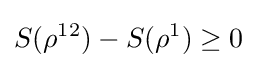
S(\rho ^{12})-S(\rho ^{1})\geq 0